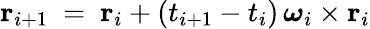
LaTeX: \mathbf r_{i+1}\ =\ \mathbf r_{i}+(t_{i+1}-t_{i})\, \boldsymbol\omega_{i}\times\mathbf r_{i}